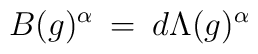
B(g)^{\alpha} \: = \: d \Lambda(g)^{\alpha}